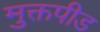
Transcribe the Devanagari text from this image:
मुक्तपीड